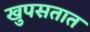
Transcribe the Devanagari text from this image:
खुपसतात